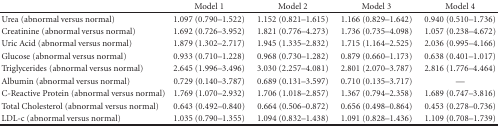
|  | Model 1 | Model 2 | Model 3 | Model 4 |
 | --- | --- | --- | --- | --- |
 | Urea (abnormal versus normal) | 1.097 (0.790–1.522) | 1.152 (0.821–1.615) | 1.166 (0.829–1.642) | 0.940 (0.510–1.736) |
 | Creatinine (abnormal versus normal) | 1.692 (0.726–3.952) | 1.821 (0.776–4.273) | 1.736 (0.735–4.098) | 1.057 (0.238–4.672) |
 | Uric Acid (abnormal versus normal) | 1.879 (1.302–2.717) | 1.945 (1.335–2.832) | 1.715 (1.164–2.525) | 2.036 (0.995–4.166) |
 | Glucose (abnormal versus normal) | 0.933 (0.710–1.228) | 0.968 (0.730–1.282) | 0.879 (0.660–1.173) | 0.638 (0.401–1.017) |
 | Triglycerides (abnormal versus normal) | 2.645 (1.996–3.496) | 3.030 (2.257–4.081) | 2.801 (2.070–3.787) | 2.816 (1.776–4.464) |
 | Albumin (abnormal versus normal) | 0.729 (0.140–3.787) | 0.689 (0.131–3.597) | 0.710 (0.135–3.717) | — |
 | C-Reactive Protein (abnormal versus normal) | 1.769 (1.070–2.932) | 1.706 (1.018–2.857) | 1.367 (0.794–2.358) | 1.689 (0.747–3.816) |
 | Total Cholesterol (abnormal versus normal) | 0.643 (0.492–0.840) | 0.664 (0.506–0.872) | 0.656 (0.498–0.864) | 0.453 (0.278–0.736) |
 | LDL-c (abnormal versus normal) | 1.035 (0.790–1.355) | 1.094 (0.832–1.438) | 1.091 (0.828–1.436) | 1.109 (0.708–1.739) |